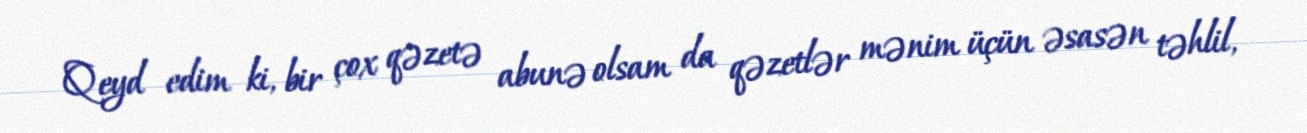
Qeyd edim ki, bir çox qəzetə abunə olsam da qəzetlər mənim üçün əsasən təhlil,